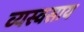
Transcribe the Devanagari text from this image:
व्यस्वसाय